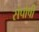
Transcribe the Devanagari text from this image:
संपोषी